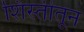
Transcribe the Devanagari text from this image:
शिस्तीतून